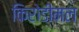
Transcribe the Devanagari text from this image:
किरोडीमल